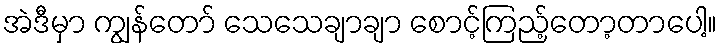
အဲဒီမှာ ကျွန်တော် သေသေချာချာ စောင့်ကြည့်တော့တာပေါ့။